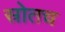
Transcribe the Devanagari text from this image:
स्रोतच